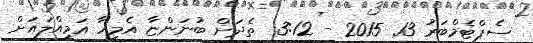
ސެޕްޓެމްބަރު 13